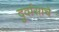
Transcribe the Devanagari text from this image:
दुर्वासाचे